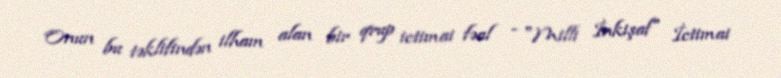
Onun bu təklifindən ilham alan bir qrup ictimai fəal - "Milli İnkişaf" İctimai